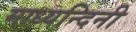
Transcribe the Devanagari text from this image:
माध्यन्दिनी